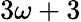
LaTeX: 3\omega+3